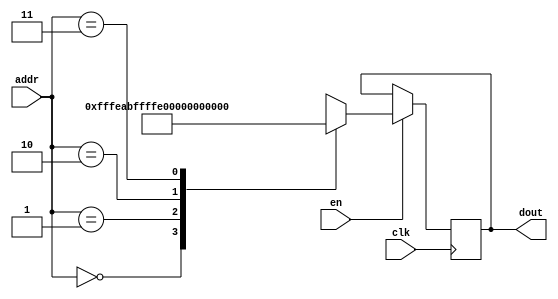
`timescale 1ns / 1ps
/*
Copyright
All right reserved.
Module Name: rom_syn
Author  : Zichuan Liu, Yixing Li and Wenye Liu.
Description:
A synthesized ROM: ROM_DEP x ROM_WID
*/
module AD_REF_ROM_15(
// inputs
clk,
en,
addr,
// outputs
dout
);
localparam ROM_WID = 22;
localparam ROM_DEP = 4;
localparam ROM_ADDR = 2;
// input definition
input clk;
input en;
input [ROM_ADDR-1:0] addr;
// output definition
output [ROM_WID-1:0] dout;
reg [ROM_WID-1:0] data;
always @(posedge clk)
begin
if (en) begin
case(addr)
		2'd0: data <= 22'b1111111111111110101010;
		2'd1: data <= 22'b1111111111111111111110;
		2'd2: data <= 22'b0000000000000101111011;
		2'd3: data <= 22'b0000000000000010001111;
		endcase
		end
	end
	assign dout = data;
endmodule